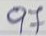
97